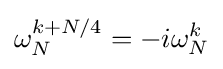
\omega _{N}^{k+N/4}=-i\omega _{N}^{k}